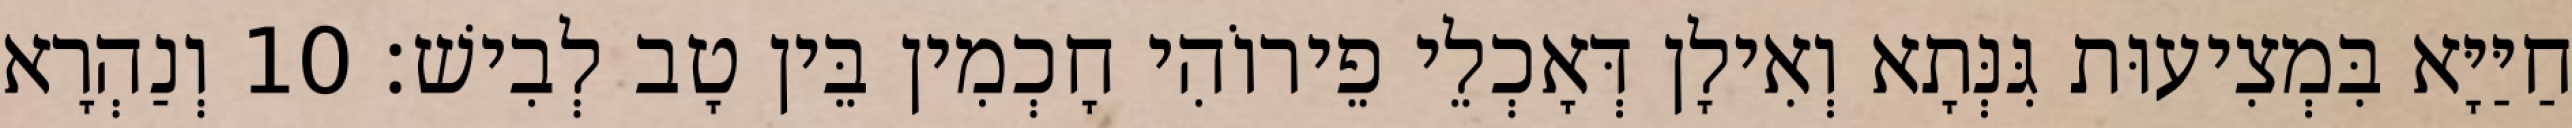
חַיַּיָּא בִּמְצִיעוּת גִּנְּתָא וְאִילָן דְּאָכְלֵי פֵירוֹהִי חָכְמִין בֵּין טָב לְבִישׁ׃ 10 וְנַהְרָא